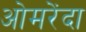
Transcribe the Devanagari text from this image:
ओमरेंदा